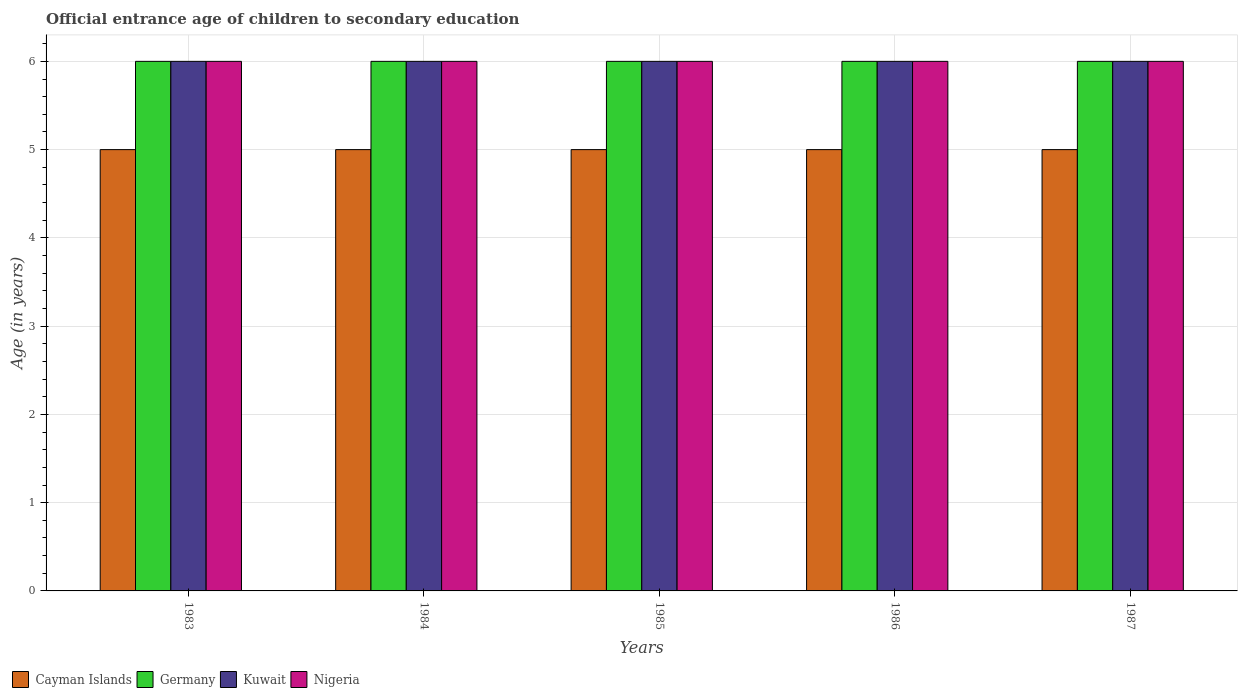
| Years | Cayman Islands | Germany | Kuwait | Nigeria |
 | --- | --- | --- | --- | --- |
 | 1983 | 5 | 6 | 6 | 6 |
 | 1984 | 5 | 6 | 6 | 6 |
 | 1985 | 5 | 6 | 6 | 6 |
 | 1986 | 5 | 6 | 6 | 6 |
 | 1987 | 5 | 6 | 6 | 6 |